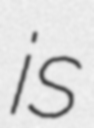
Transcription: is